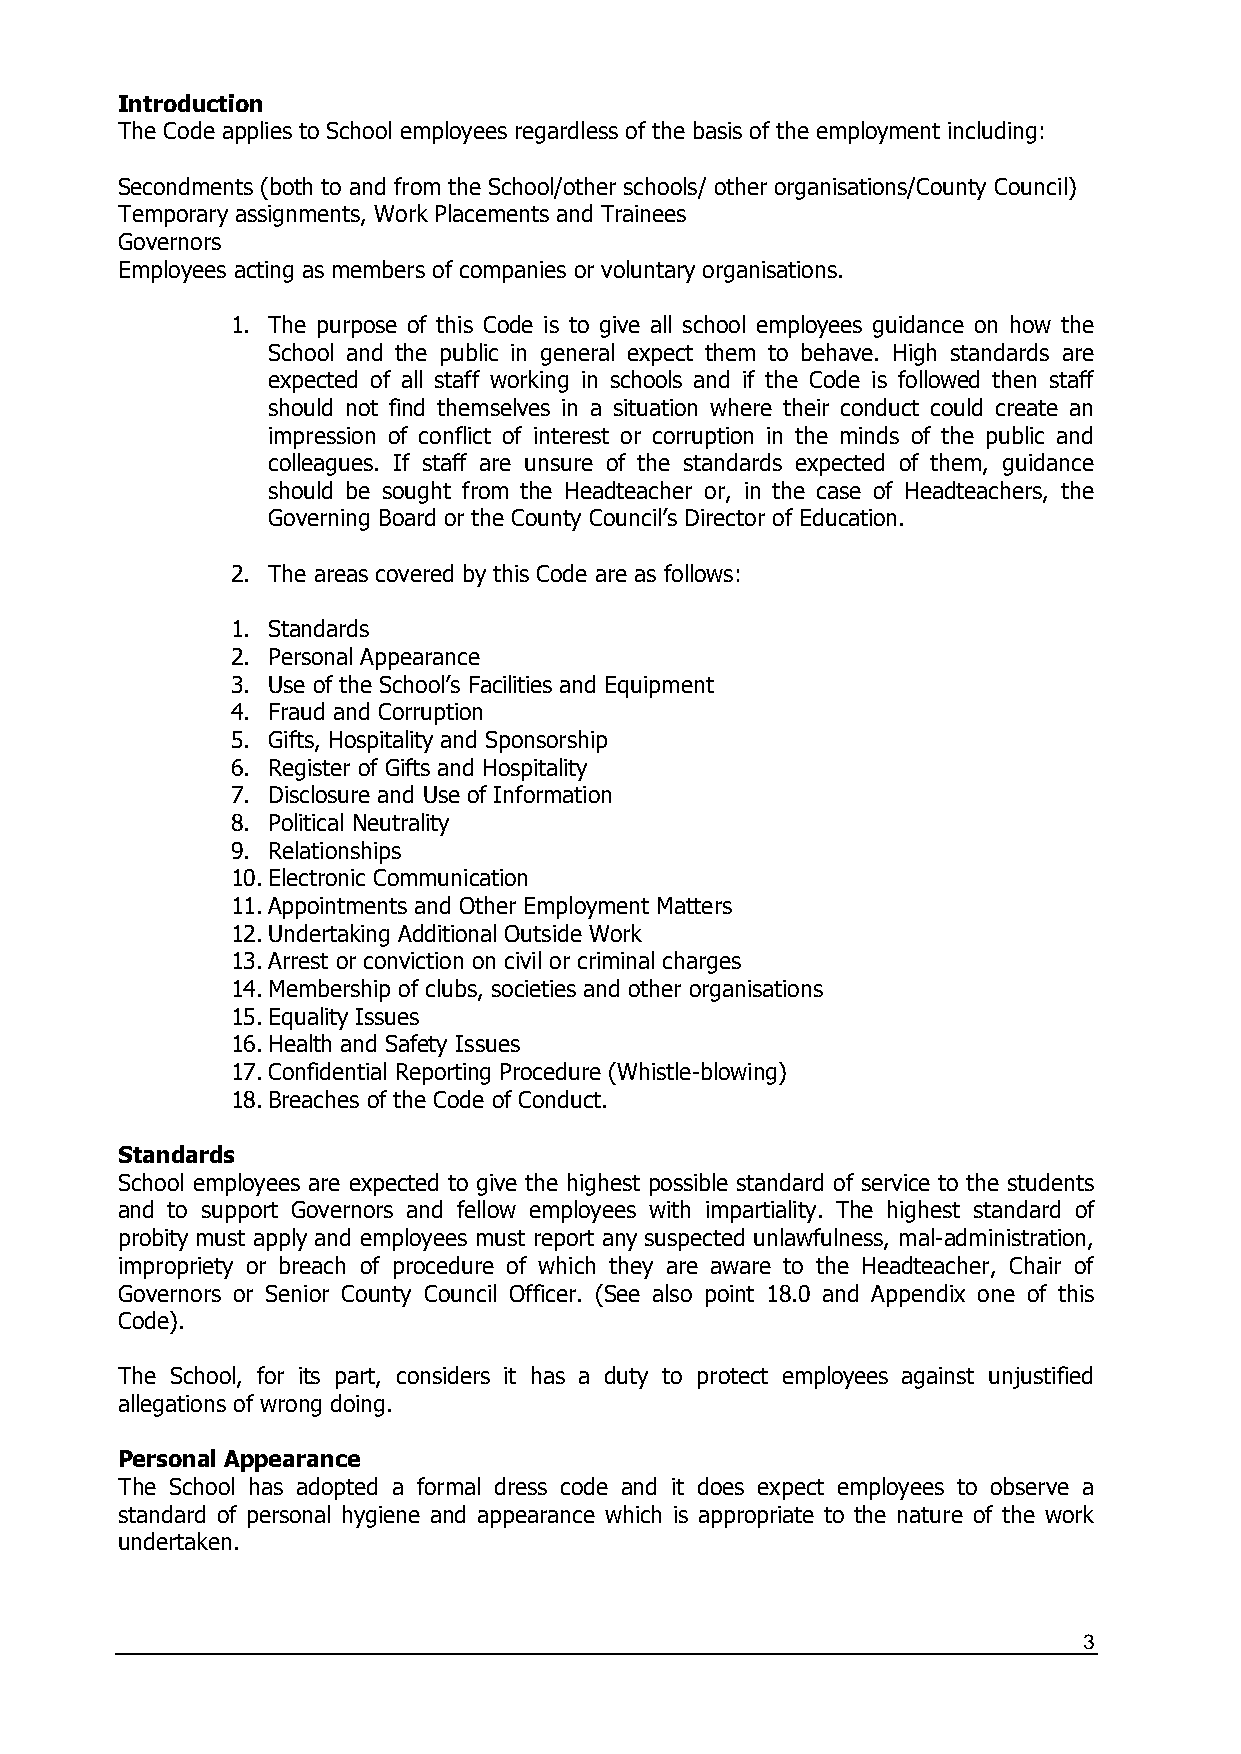
Introduction
 The Code applies to School employees regardless of the basis of the employment including:
 Secondments (both to and from the School/other schools/ other organisations/County Council)
 Temporary assignments, Work Placements and Trainees
 Governors
 Employees acting as members of companies or voluntary organisations.
 1. The purpose of this Code is to give all school employees guidance on how the
 School and the public in general expect them to behave. High standards are
 expected of all staff working in schools and if the Code is followed then staff
 should not find themselves in a situation where their conduct could create an
 impression of conflict of interest or corruption in the minds of the public and
 colleagues. If staff are unsure of the standards expected of them, guidance
 should be sought from the Headteacher or, in the case of Headteachers, the
 Governing Board or the County Council’s Director of Education.
 2. The areas covered by this Code are as follows:
 1. Standards
 2. Personal Appearance
 3. Use of the School’s Facilities and Equipment
 4. Fraud and Corruption
 5. Gifts, Hospitality and Sponsorship
 6. Register of Gifts and Hospitality
 7. Disclosure and Use of Information
 8. Political Neutrality
 9. Relationships
 10. Electronic Communication
 11. Appointments and Other Employment Matters
 12. Undertaking Additional Outside Work
 13. Arrest or conviction on civil or criminal charges
 14. Membership of clubs, societies and other organisations
 15. Equality Issues
 16. Health and Safety Issues
 17. Confidential Reporting Procedure (Whistle-blowing)
 18. Breaches of the Code of Conduct.
 Standards
 School employees are expected to give the highest possible standard of service to the students
 and to support Governors and fellow employees with impartiality. The highest standard of
 probity must apply and employees must report any suspected unlawfulness, mal-administration,
 impropriety or breach of procedure of which they are aware to the Headteacher, Chair of
 Governors or Senior County Council Officer. (See also point 18.0 and Appendix one of this
 Code).
 The School, for its part, considers it has a duty to protect employees against unjustified
 allegations of wrong doing.
 Personal Appearance
 The School has adopted a formal dress code and it does expect employees to observe a
 standard of personal hygiene and appearance which is appropriate to the nature of the work
 undertaken.
 3